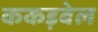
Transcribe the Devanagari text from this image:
ककड़बेल